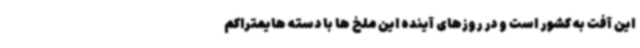
این آفت به کشور است و در روزهای آینده این ملخ ها با دسته هایمتراکم